Civil Veterinary Department Bengal reports 1933-51 - 1933-1951
Year: 1933
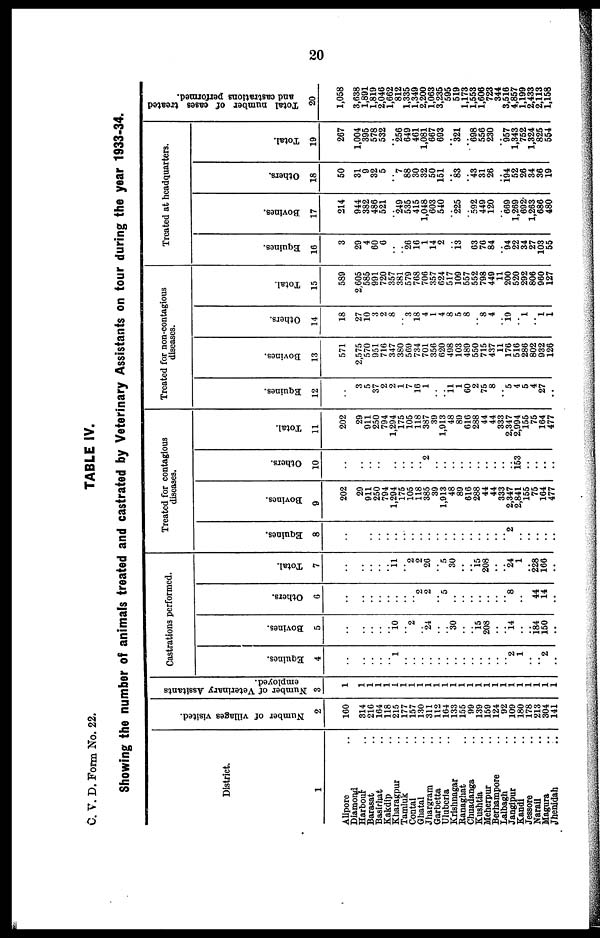
20
C. V. D. Form No. 22.
TABLE IV.
Showing the number of animals treated and castrated by Veterinary Assistants on tour during the year 1933-34.
District.
1
Alipore ..
Diamond
Harbour ..
Barasat ..
Basirhat ..
Kakdip ..
Kharagpur ..
Tamluk ..
Contai ..
Ghatal ..
Jhargram ..
Garbetta ..
Uluberia ..
Krishnagar
Ranaghat ..
Chuadanga ..
Kushtia ..
Meherpur ..
Berhampore ..
Lalbagh ..
Jangipur ..
Kandi ..
Jessore ..
Narail ..
Magura ..
Jhenidah
..
Number of villages visited.
2
160
314
216
164
118
215
177
157
130
311
112
164
133
155
99
139
159
124
92
109
180
178
213
304
141
Number of Veterinary Assitants
employed.
3
1
1
1
1
1
1
1
1
1
1
1
1
1
1
1
1
1
1
1
1
1
1
1
1
1
Castrations performed.
Equines.
4
..
..
..
..
.. 1
..
..
..
..
..
..
..
..
..
..
..
..
.. 2
1
..
.. 2
..
Bovines.
5
..
..
..
..
.. 10
.. 2
.. 24
..
.. 30
..
.. 15
208
..
.. 14
..
.. 184
150
..
Others.
6
..
..
..
..
..
..
..
.. 2
2
.. 5
..
..
..
..
..
..
.. 8
..
.. 44
14
..
Total.
7
..
..
..
..
.. 11
.. 2
2
26
.. 5
30
..
.. 15
208
..
.. 24
1
.. 228
166
..
Treated for contagious
diseases.
Equines.
8
..
..
..
..
..
..
..
..
..
..
..
..
..
..
..
..
..
..
.. 2
..
..
..
..
..
Bovines.
9
202
29
911
250
794
1,294
175
105
118
385
39
1,913
48
89
616
288
44
44
333
2,347
2,841
155
75
164
477
Others.
10
..
..
..
..
..
..
..
..
.. 2
..
..
..
..
..
..
..
..
..
.. 153
..
..
..
..
Total.
11
202
29
911
250
794
1,294
175
105
118
387
39
1,913
48
89
616
288
44
44
333
2,347
2,994
155
75
164
477
Treated for non-contagious
diseases.
Equines.
12
..
3
5
37
2
2
1
7
16
1
..
.. 11 1
60
2
75
8
.. 5
4
5
4
27
..
Bovines.
13
571
2,575
570
951
716
347
380
569
734
701
356
620
498
103
489
550
715
437
11
176
516
286
802
932
126
Others.
14
18
27
10
3
2
8
.. 3
18
4
1
4
8
5
8
.. 8
4
.. 19
.. 1
.. 1
1
Total.
15
589
2,605
585
991
720
357
381
579
768
706
357
624
517
109
557
552
798
449
11
200
520
292
806
960
127
Treated at headquarters.
Equines.
16
3
29
4
60
6
..
.. 26
16
1
14
2
.. 13
.. 63
76
84
.. 94
22
34
27
103
55
Bovines.
17
214
944
382
486
521
.. 249
535
415
1,048
603
540
.. 225
.. 592
449
120
.. 669
1,269
692
1,263
686
480
Others.
18
50
31
9
32
5
.. 7
88
30
32
50
151
.. 83
.. 43
31
26
.. 194
52
26
34
36
19
Total.
19
267
1,004
395
578
532
.. 256
649
461
1,081
667
693
.. 321
.. 698
556
230
.. 957
1,343
752
1,324
825
554
Total number of cases treated
and castrations performed.
20
1,058
3,638
1,891
1,819
2,046
1,662
812
1,335
1,349
2,200
1,063
3,235
595
519
1,173
1,553
1,606
723
344
3,516
4,857
1,199
2,433
2,113
1,158